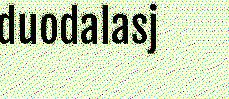
duodalasj